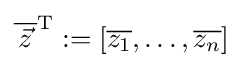
{\overline {\,{\vec {z}}\,}}^{\operatorname {T} }:=\left[{\overline {z_{1}}},\ldots ,{\overline {z_{n}}}\right]